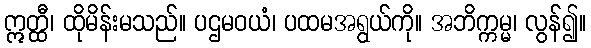
ဣတ္ထီ၊ ထိုမိန်းမသည်။ ပဌမဝယံ၊ ပထမအရွယ်ကို။ အဘိက္ကမ္မ၊ လွန်၍။